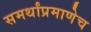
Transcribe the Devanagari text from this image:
समर्थांप्रमाणेच